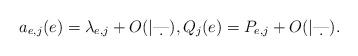
LaTeX: \begin{align*}a_{e,j}(e) = \lambda_{e,j} +O(|\d|),Q_j(e)=P_{e,j}+O(|\d|).\end{align*}